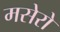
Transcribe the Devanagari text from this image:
मसेरो